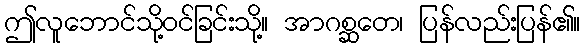
ဤလူဘောင်သို့ဝင်ခြင်းသို့။ အာဂစ္ဆတေ၊ ပြန်လည်းပြန်၏။